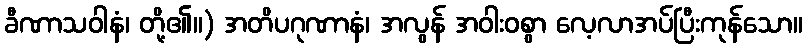
ခီဏာသဝါနံ၊ တို့၏။) အတိပဂုဏာနံ၊ အလွန် အဝါးဝစွာ လေ့လာအပ်ပြီးကုန်သော။